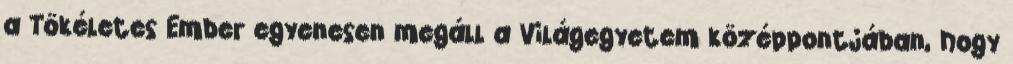
a Tökéletes Ember egyenesen megáll a Világegyetem középpontjában, hogy